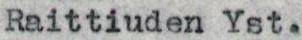
Raittiuden Yst.